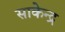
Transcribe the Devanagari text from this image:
साकेन्द्र